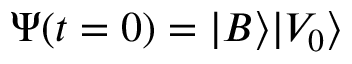
\Psi ( t = 0 ) = | B \rangle | V _ { 0 } \rangle